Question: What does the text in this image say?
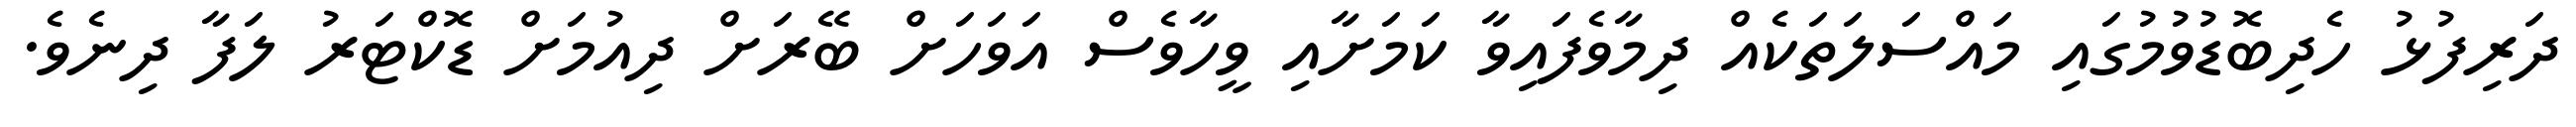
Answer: ދަރިފުޅު ހެދިބޮޑުވުމުގައި މައްސަލަތަކެއް ދިމާވެފައިވާ ކަމަށާއި ވީހާވެސް އަވަހަށް ބޭރަށް ދިއުމަށް ޑޮކްޓަރު ލަފާ ދިނެވެ.